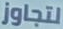
لتجاوز